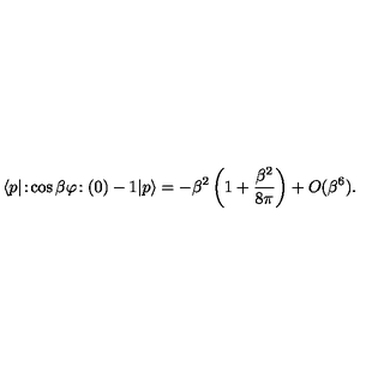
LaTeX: \langle p | \! : \! \cos \beta \varphi \! : ( 0 ) - 1 | p \rangle = - \beta ^ { 2 } \left( 1 + \frac { \beta ^ { 2 } } { 8 \pi } \right) + O ( \beta ^ { 6 } ) .